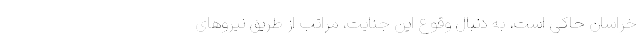
خراسان حاکی است، به دنبال وقوع این جنایت، مراتب از طریق نیرو‌های